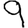
Digit: 9